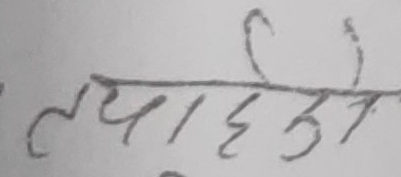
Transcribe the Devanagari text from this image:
तयारी